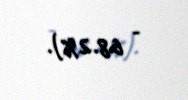
- 68.2%).